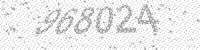
Solution: 968024